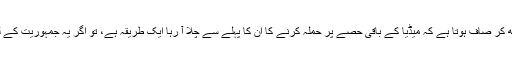
ان کے اس جنون کی حالیہ قسط دیکھ کر صاف ہوتا ہے کہ میڈیا کے باقی حصے پر حملہ کرنے کا ان کا پہلے سے چلا آ رہا ایک طریقہ ہے، تو اگر یہ جمہوریت کے لئے خطرہ نہیں ہے تو پھر کیا ہے؟